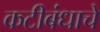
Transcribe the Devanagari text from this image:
कटीबंधाचे